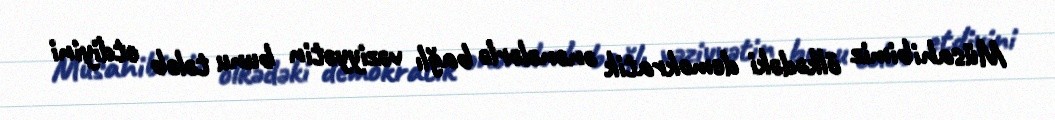
Müsahibimiz ölkədəki demokratik ənənələrlə bağlı vəziyyətin bunu tələb etdiyini